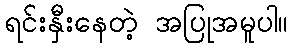
ရင်းနှီးနေတဲ့ အပြုအမူပါ။